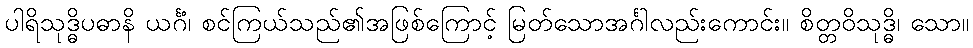
ပါရိသုဒ္ဓိပဓာနိ ယင်္ဂံ၊ စင်ကြယ်သည်၏အဖြစ်ကြောင့် မြတ်သောအင်္ဂါလည်းကောင်း။ စိတ္တဝိသုဒ္ဓိ၊ သော။